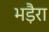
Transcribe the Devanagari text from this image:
भड़ैरा